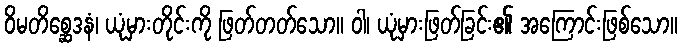
ဝိမတိစ္ဆေဒနံ၊ ယုံမှားတိုင်းကို ဖြတ်တတ်သော။ ဝါ၊ ယုံမှားဖြတ်ခြင်း၏ အကြောင်းဖြစ်သော။